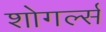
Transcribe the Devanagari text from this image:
शोगर्ल्स